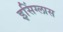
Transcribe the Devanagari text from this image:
इसिंग्लास